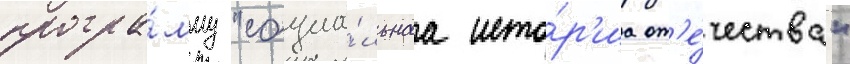
програ́мму "социа́льнаа исто́р'иа от'е́чества"